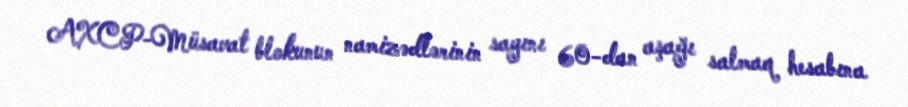
AXCP-Müsavat blokunun namizədlərinin sayını 60-dan aşağı salmaq hesabına